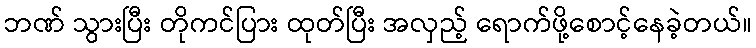
ဘဏ် သွားပြီး တိုကင်ပြား ထုတ်ပြီး အလှည့် ရောက်ဖို့စောင့်နေခဲ့တယ်။